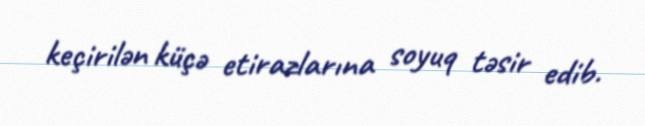
keçirilən küçə etirazlarına soyuq təsir edib.